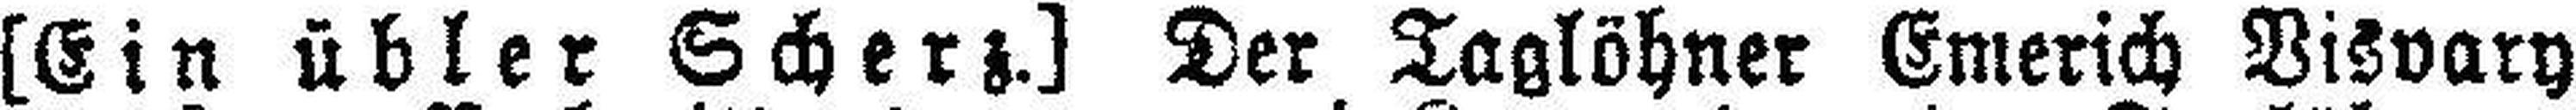
[Ein übler Scherz.] Der Taglöhner Emerich Visvary